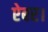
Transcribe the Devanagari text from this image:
ऐबर।